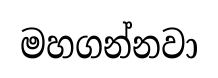
මහගන්නවා